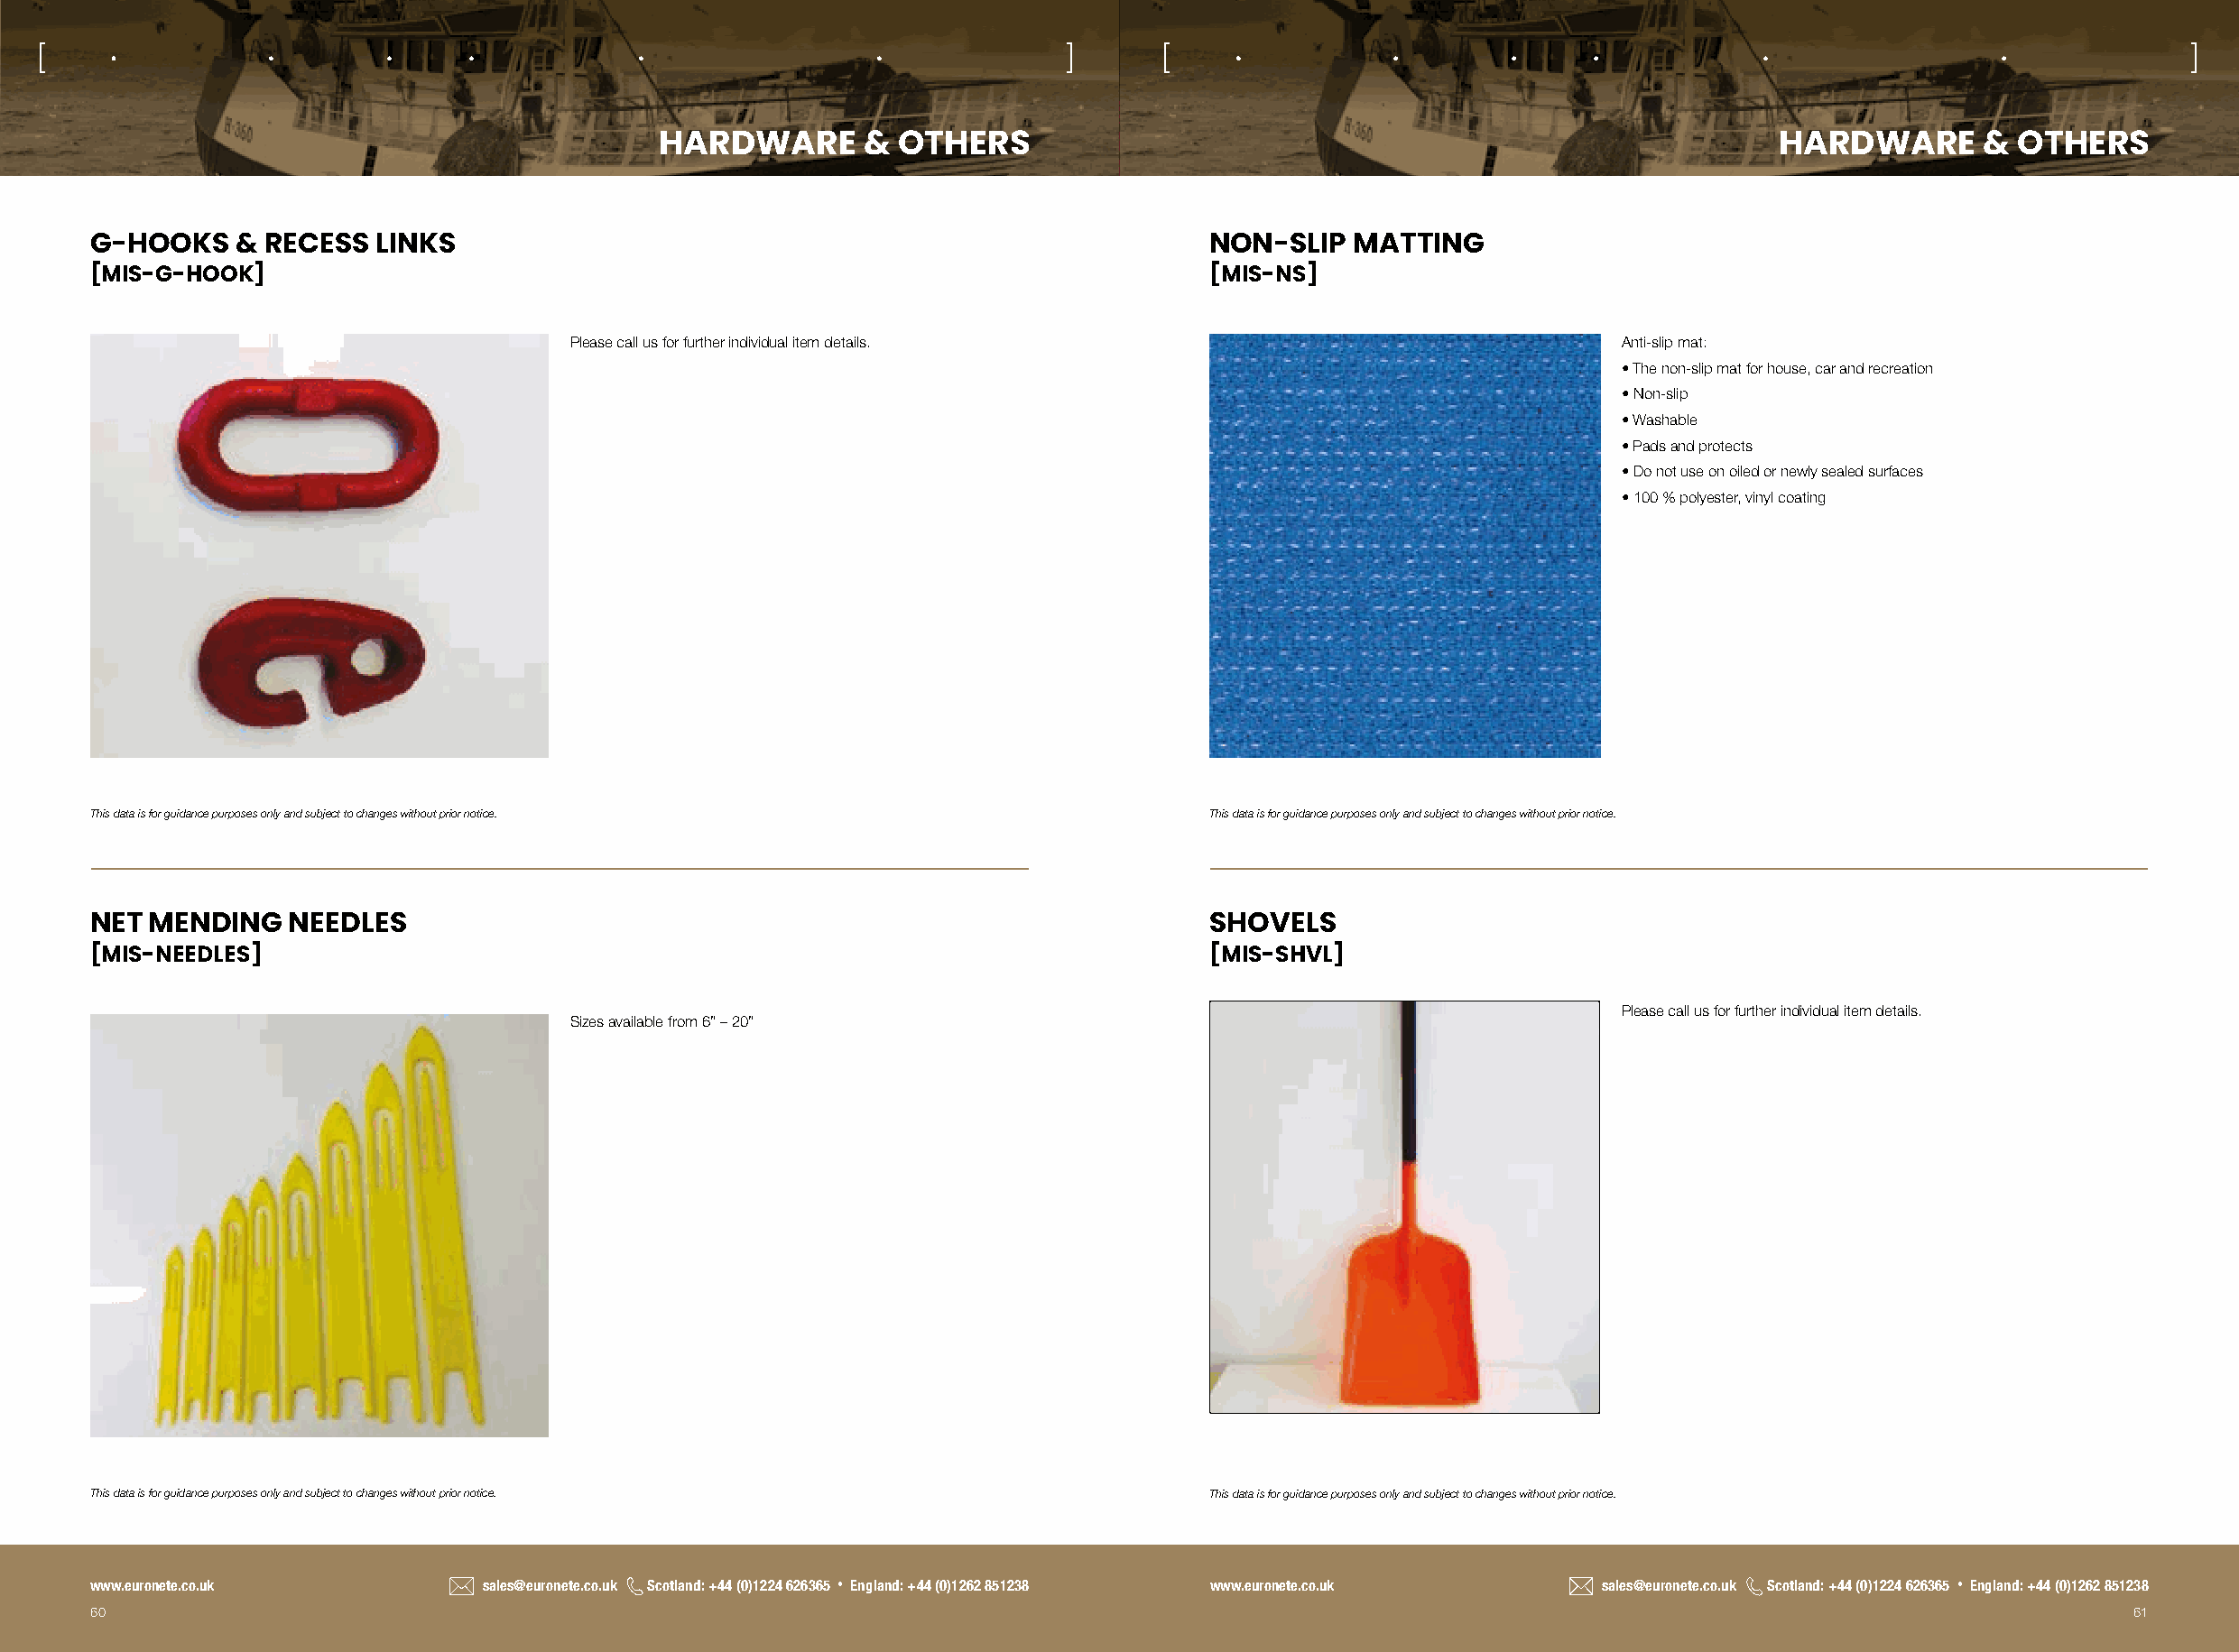
[                                                                          ]      [                                                                           ]
 HARDWARE       &  OTHERS                                                          HARDWARE       &  OTHERS
 G-HOOKS   & RECESS   LINKS                                                        NON-SLIP  MATTING
 [MIS-G-HOOK]                                                                      [MIS-NS]
 Please call us for further individual item details.                          Anti-slip mat:
 • The non-slip mat for house, car and recreation
 • Non-slip
 • Washable
 • Pads and protects
 • Do not use on oiled or newly sealed surfaces
 • 100 % polyester, vinyl coating
 This data is for guidance purposes only and subject to changes without prior notice. This data is for guidance purposes only and subject to changes without prior notice.
 NET MENDING   NEEDLES                                                             SHOVELS
 [MIS-NEEDLES]                                                                     [MIS-SHVL]
 Please call us for further individual item details.
 Sizes available from 6” – 20”
 This data is for guidance purposes only and subject to changes without prior notice. This data is for guidance purposes only and subject to changes without prior notice.
 www.euronete.co.uk          sales@euronete.co.uk Scotland: +44 (0)1224 626365 • England: +44 (0)1262 851238 www.euronete.co.uk sales@euronete.co.uk Scotland: +44 (0)1224 626365 • England: +44 (0)1262 851238
 60                                                                                                                                                   61